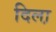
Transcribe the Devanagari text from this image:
दिला़